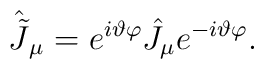
\hat{\tilde J}_\mu=e^{i\vartheta\varphi}\hat{J}_\mu e^{-i\vartheta\varphi}.